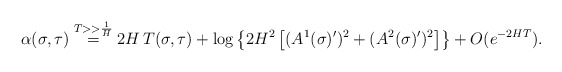
\begin{align*}\alpha(\sigma,\tau) \buildrel{T >> {1\over H} }\over =2 H\, T(\sigma, \tau) + \log\left\{2 H^2 \left[ (A^{1}(\sigma)')^2 + (A^{2}(\sigma)')^2 \right] \right\} + O(e^{-2HT}).\end{align*}